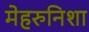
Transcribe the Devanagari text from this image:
मेहरुनिशा